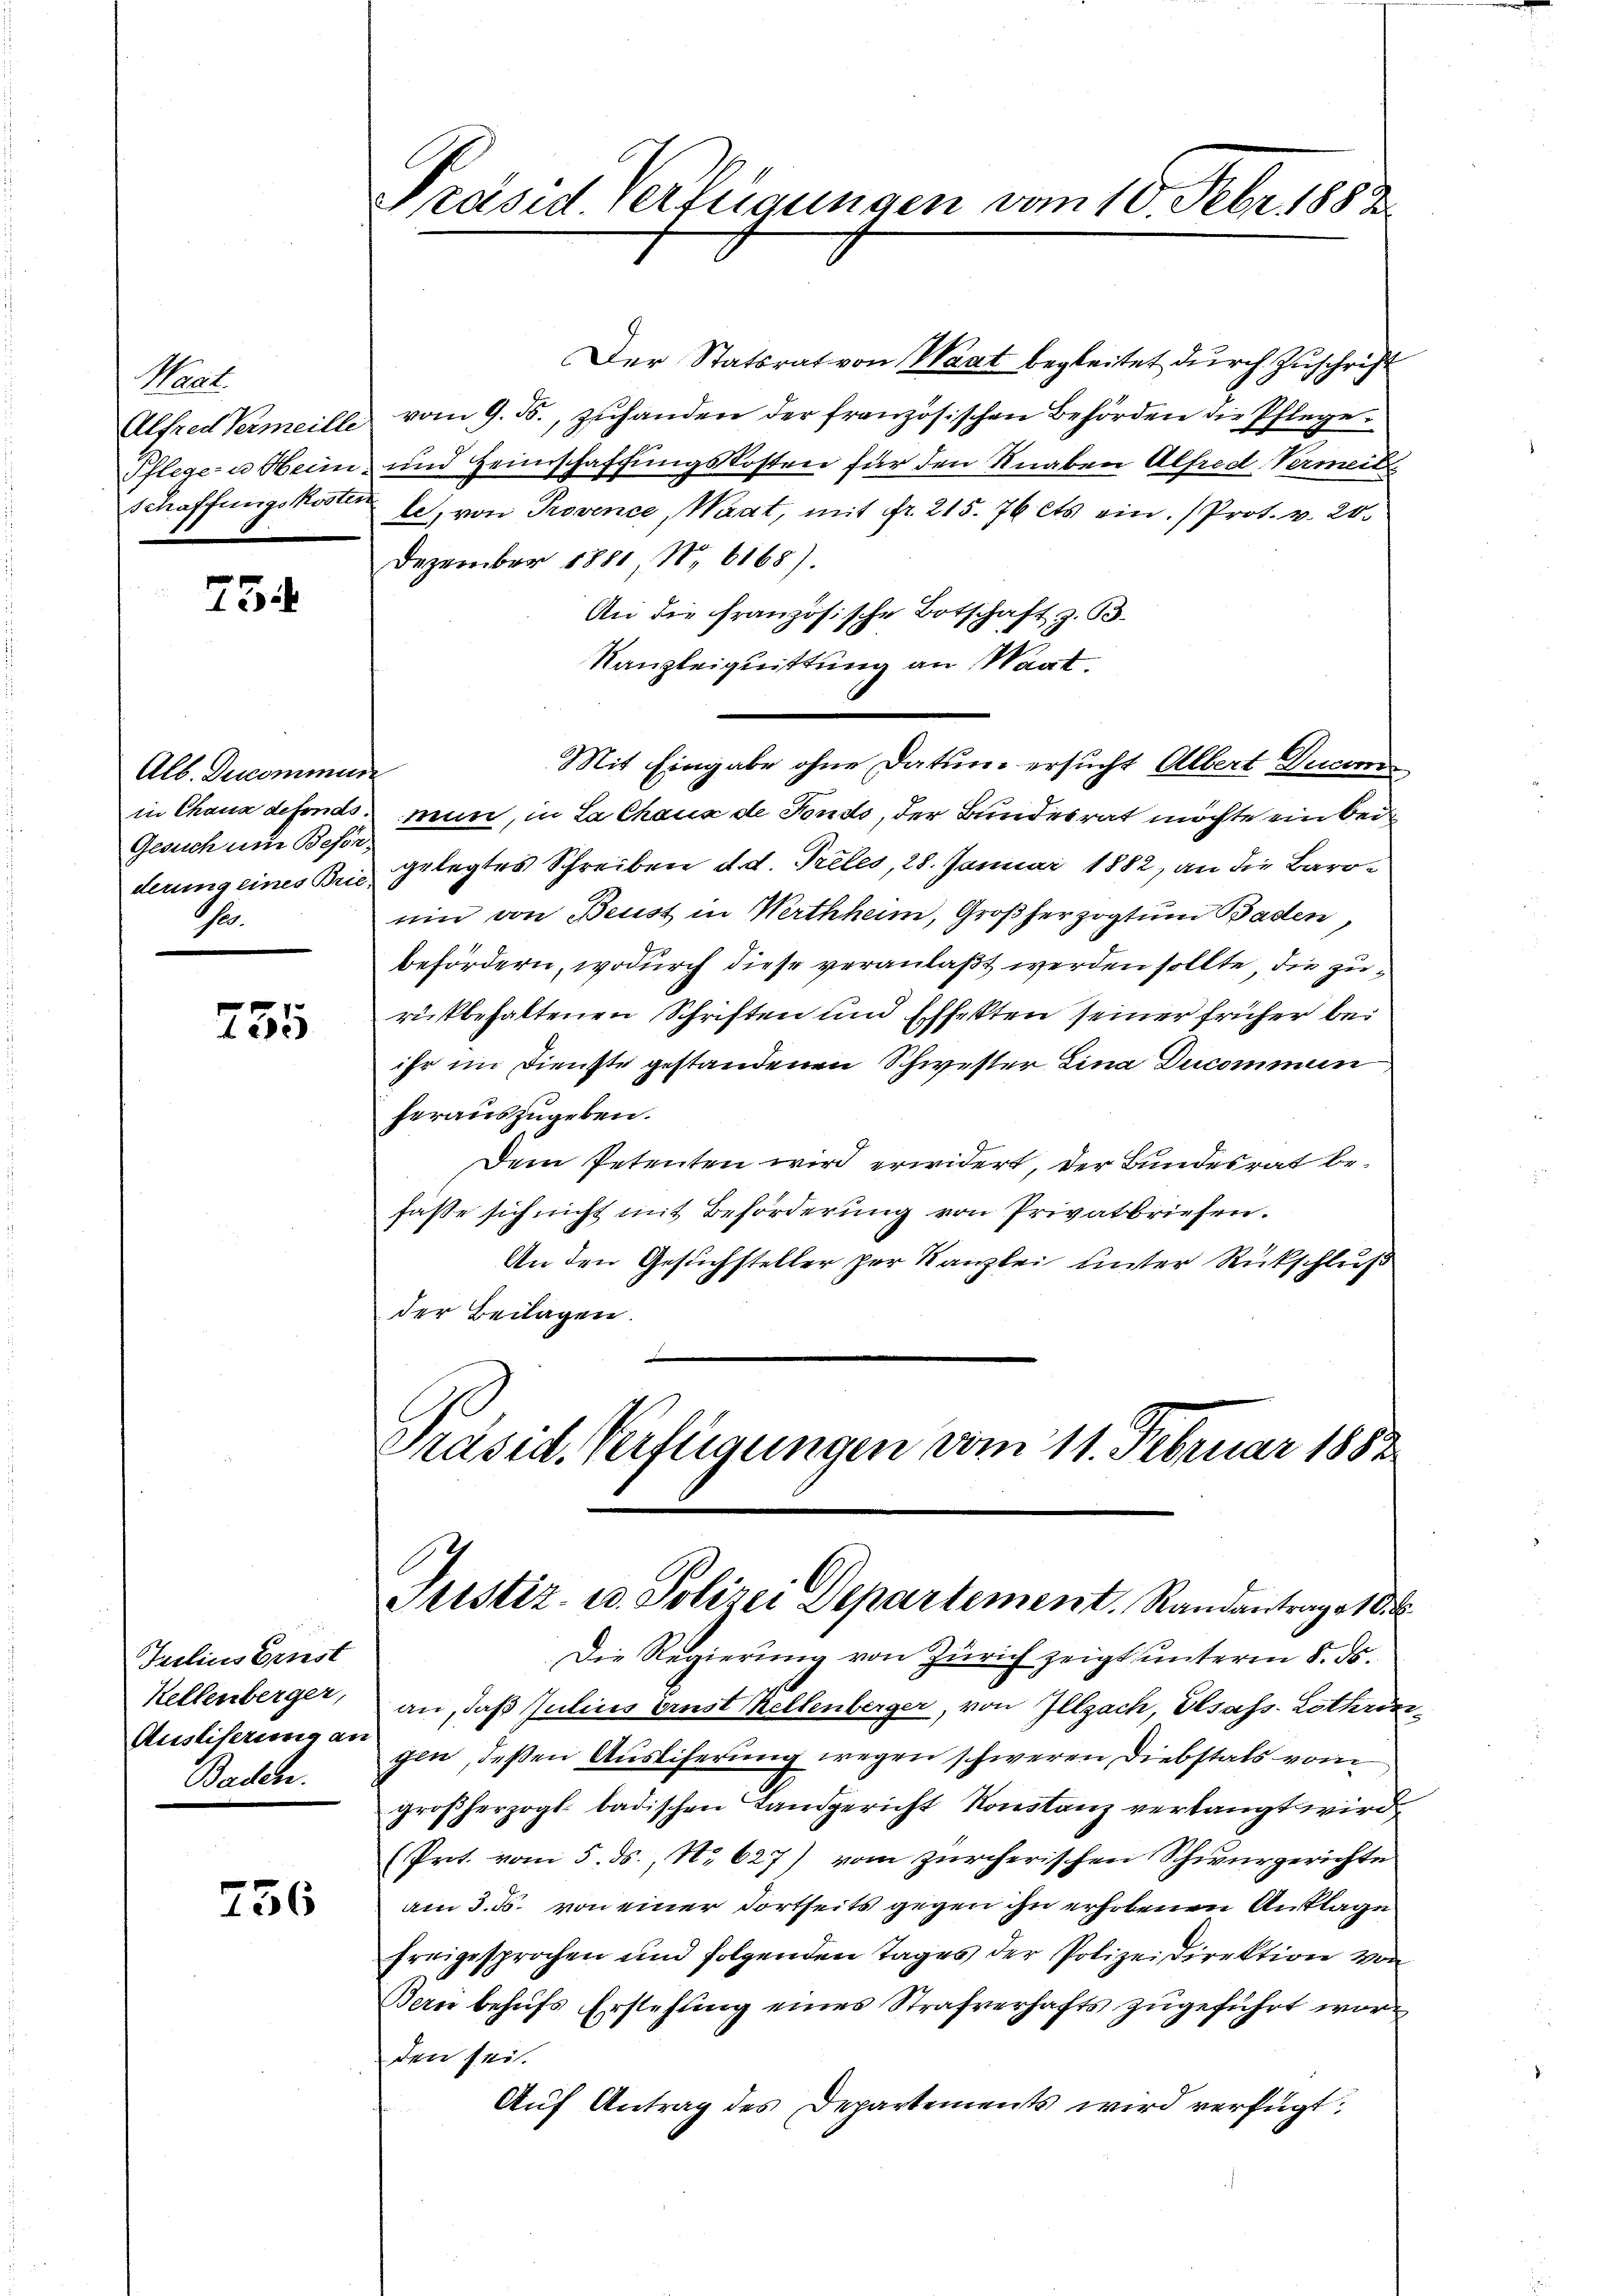
Maat.
Schaffungskosten

75

Alb. Decommun
Gesuch am Beson¬
G.

255

Frelins Ernst
Kellenberger,
Ausliserung an
Baden.

756

Präsid. Verzugungen vom 10. Febr. 1888

Der Statsrat von Waat begleitet durch Zuschrift
Alfred Vermeille vom 9. ds., zuhanden der französischen Behörden die Pflege.
Pflegen Heim und Heimschaffungskosten für den Knaben Alfred, Vermeid
le, von Provence, Waat, mit fr. 215. 76 ets ein (Prot. v. 20.
Dezember 1881, No 6168).
An die französische Botschaft z. B.
Kanzleiquittung an Mart.
in Chaux defonds. mun, in La Chaux de Fondo, der Bundesrat möchte ein bei
derung eines Bris gelegtes Schreiben d. d. Preles, 28. Januar 1882, an die Baronin von Brust in Werthhum, Großherzogtum Baden,
befördern, wodurch diese veranlaßt werden sollte, die zurikbehaltenen Schriften und Effekten seiner früher beihr im Dienste gestandenen Schwester Lina Ducommun
herauszugeben.
Dem Petenten wird erwidert, der Bundesrat befasse sich nicht mit Beförderung von Privatbriefen.
An den Gesuchsteller zur Kanzlei unter Rückschluß
der Beilagen.
Präsid. Verfügungen vom 11. Februar 1882

Mit Eingabe ohne Datum ersucht Albert Decem

Justiz- u. Polizei Departement. Randantrage 18

Die Regierung von Zürich zeigt unterm 8. ds.
an, daß Julius brust Kellenberger, von Illzach, Elsass-Lothronigen, deßen Ausliferung wegen schweren Diebstals vom
großherzogl. badischen Landgericht Konstanz verlangt wird,
(Prot. vom 5. ds., N. 627) vom zürcherischen Schwurgerichte
am 3. ds. von einer dortseits gegen ihn erhobenen Anklage
freigesprochen und folgenden Tages der Polizeidirektion von
Bern behufs Erstehung eines Strafverhafts zugeführt worden sei.
Aŭf Antrag des Departements wird verfügt: